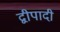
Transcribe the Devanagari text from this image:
द्वीपादी